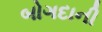
બોગદાની